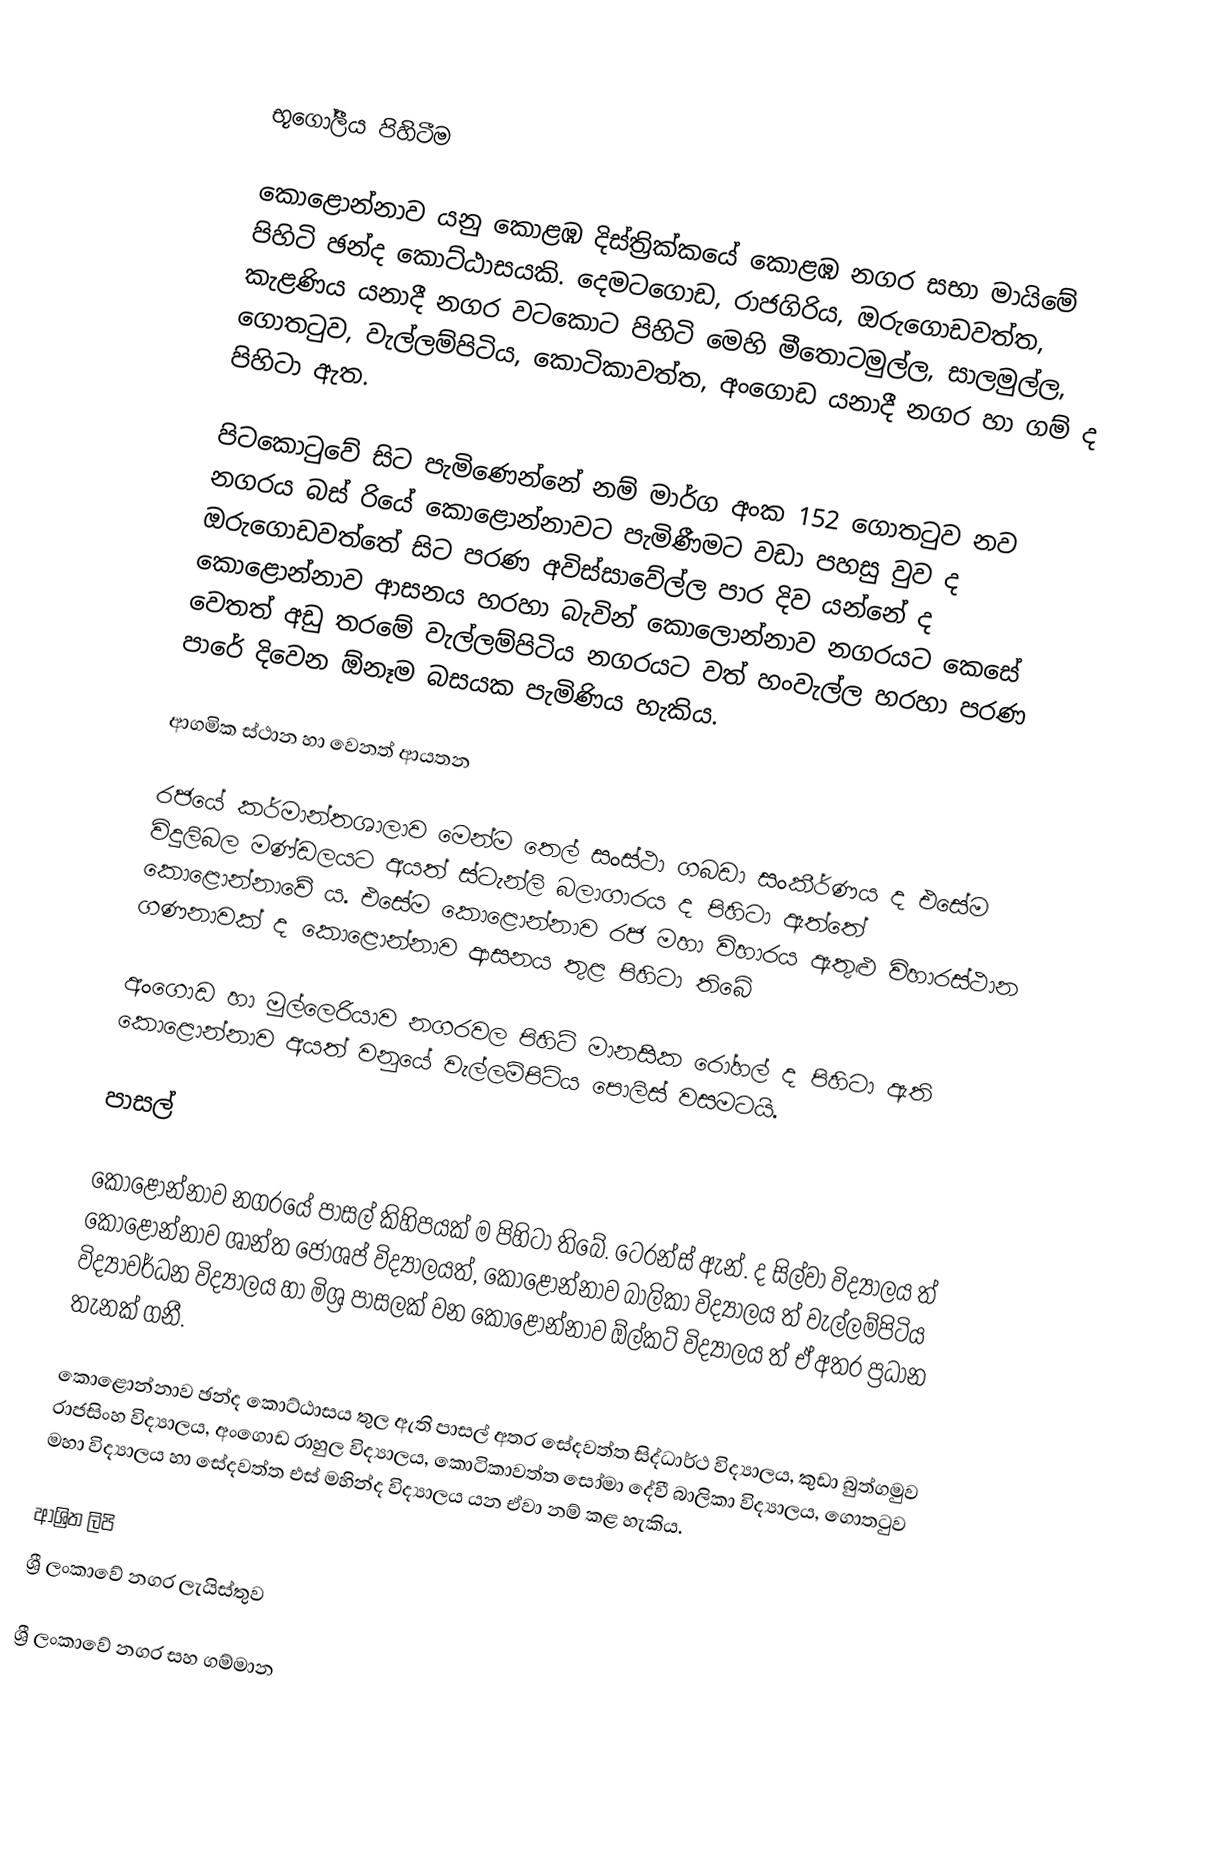

භූගෝලීය පිහිටීම

කොළොන්නාව යනු කොළඹ දිස්ත්‍රික්කයේ කොළඹ නගර සභා මායිමේ පිහිටි ඡන්ද කොට්ඨාසයකි. දෙමටගොඩ, රාජගිරිය, ඔරුගොඩවත්ත, කැළණිය යනාදී නගර වටකොට පිහිටි මෙහි මීතොටමුල්ල, සාලමුල්ල, ගොතටුව, වැල්ලම්පිටිය, කොටිකාවත්ත, අංගොඩ යනාදී නගර හා ගම් ද පිහිටා ඇත.

පිටකොටුවේ සිට පැමිණෙන්නේ නම් මාර්ග අංක 152 ගොතටුව නව නගරය බස් රියේ කොළොන්නාවට පැමිණීමට වඩා පහසු වුව ද ඔරුගොඩවත්තේ සිට පරණ අවිස්සාවේල්ල පාර දිව යන්නේ ද කොළොන්නාව ආසනය හරහා බැවින් කොලොන්නාව නගරයට කෙසේ වෙතත් අඩු තරමේ වැල්ලම්පිටිය නගරයට වත් හංවැල්ල හරහා පරණ පාරේ දිවෙන ඕනෑම බසයක පැමිණිය හැකිය.

ආගමික ස්ථාන හා වෙනත් ආයතන

රජයේ කර්මාන්තශාලාව මෙන්ම තෙල් සංස්ථා ගබඩා සංකීර්ණය ද එසේම විදුලිබල මණ්ඩලයට අයත් ස්ටැන්ලි බලාගාරය ද පිහිටා ඇත්තේ කොළොන්නාවේ ය. එසේම කොළොන්නාව රජ මහා විහාරය ඇතුළු විහාරස්ථාන ගණනාවක් ද කොළොන්නාව ආසනය තුළ පිහිටා තිබේ

අංගොඩ හා මුල්ලෙරියාව නගරවල පිහිටි මානසික රෝහල් ද පිහිටා ඇති කොළොන්නාව අයත් වනුයේ වැල්ලම්පිටිය පොලිස් වසමටයි.

පාසල්

කොළොන්නාව නගරයේ පාසල් කිහිපයක් ම පිහිටා තිබේ.  ටෙරන්ස් ඇන්. ද සිල්වා විද්‍යාලය ත් කොළොන්නාව ශාන්ත ජෝශප් විද්‍යාලයත්, කොළොන්නාව බාලිකා විද්‍යාලය ත් වැල්ලම්පිටිය විද්‍යාවර්ධන විද්‍යාලය හා මිශ්‍ර පාසලක් වන කොළොන්නාව ඕල්කට් විද්‍යාලය ත් ඒ අතර ප්‍රධාන තැනක් ගනී.

කොළොන්නාව ඡන්ද කොට්ඨාසය තුල ඇති පාසල් අතර සේදවත්ත සිද්ධාර්ථ විද්‍යාලය, කුඩා බුත්ගමුව රාජසිංහ විද්‍යාලය, අංගොඩ රාහුල විද්‍යාලය, කොටිකාවත්ත සෝමා දේවී බාලිකා විද්‍යාලය, ගොතටුව මහා විද්‍යාලය හා සේදවත්ත එස් මහින්ද විද්‍යාලය යන ඒවා නම් කළ හැකිය.

ආශ්‍රිත ලිපි
ශ්‍රී ලංකාවේ නගර ලැයිස්තුව

ශ්‍රී ලංකාවේ නගර සහ ගම්මාන